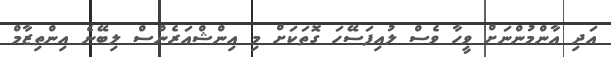
އަދި އާންމުންނަށް ވީހާ ވެސް ލުއިފަސޭހަ ގޮތަކަށް މި އިންޝްއަރެންސް ލިބޭނެ އިންތިޒާމް